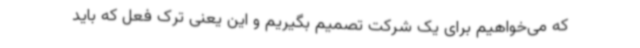
که می‌خواهیم برای یک شرکت تصمیم بگیریم و این یعنی ترک فعل که باید